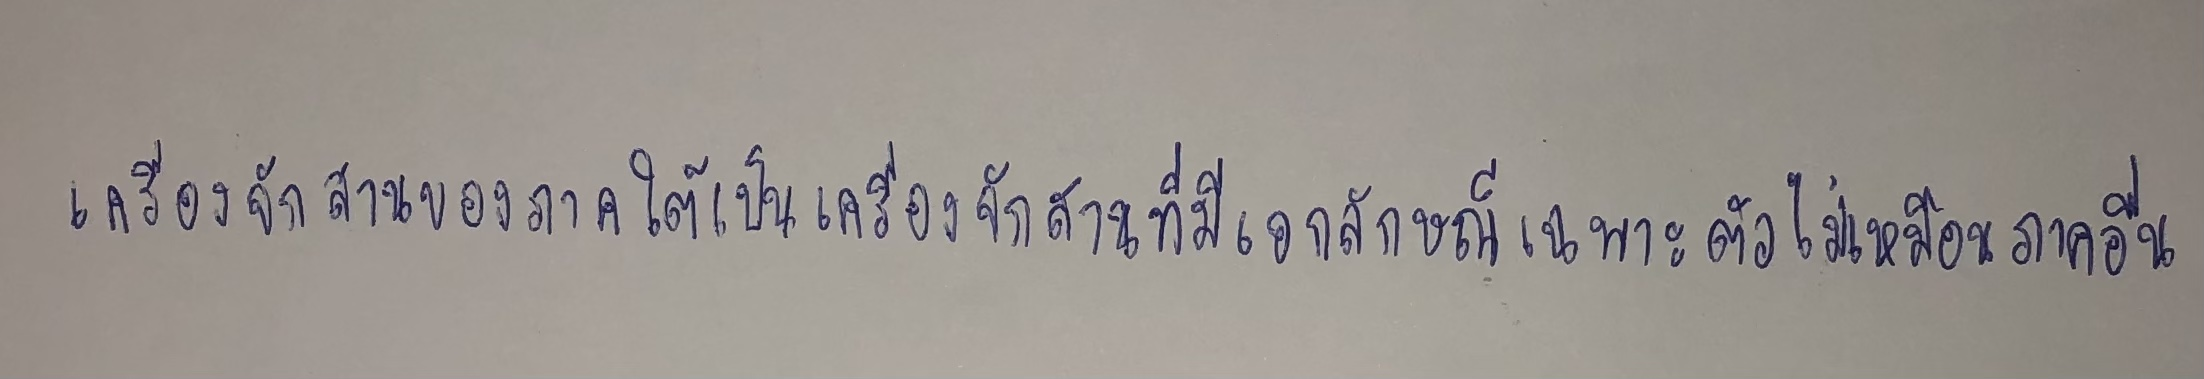
เครื่องจักสานของภาคใต้เป็นเครื่องจักสานที่มีเอกลักษณ์เฉพาะตัวไม่เหมือนภาคอื่น